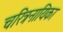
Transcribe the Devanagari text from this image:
चरित्रनायिका